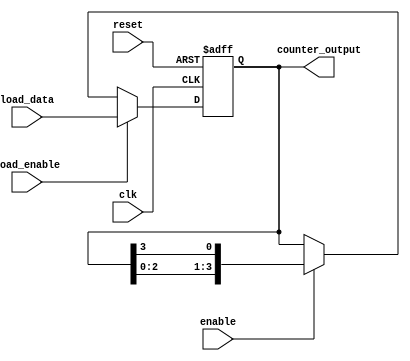
module LoadableRingCounter #(
    parameter N = 4  // Number of bits in the counter
)(
    input wire clk,                // Clock signal
    input wire reset,              // Asynchronous reset
    input wire load_enable,        // Load enable signal
    input wire [N-1:0] load_data,  // Data to load into the counter
    input wire enable,             // Enable signal for counting
    output reg [N-1:0] counter_output // Current state of the counter
);

// Internal signal for the next state
reg [N-1:0] next_state;

// Always block for synchronous operations
always @(posedge clk or posedge reset) begin
    if (reset) begin
        // Asynchronous reset
        counter_output <= 0;
    end else if (load_enable) begin
        // Load new data into the counter
        counter_output <= load_data;
    end else if (enable) begin
        // Ring counting operation
        next_state = {counter_output[N-2:0], counter_output[N-1]}; // Shift left
        next_state[0] = counter_output[N-1]; // Feedback from last flip-flop
        counter_output <= next_state;
    end
end

endmodule